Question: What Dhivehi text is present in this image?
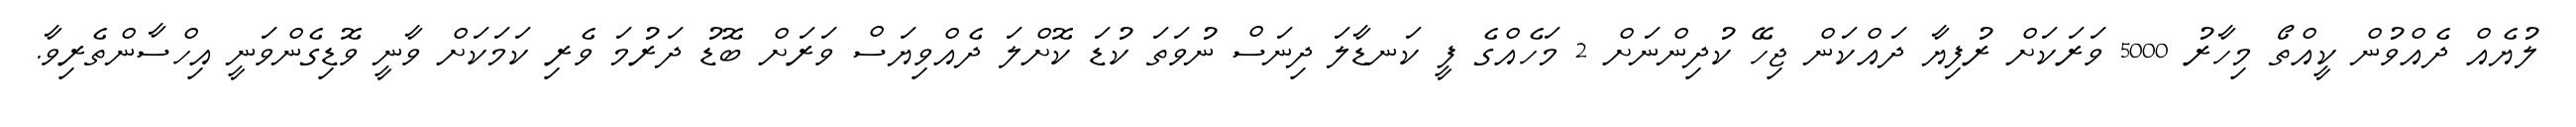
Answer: ލުޔެއް ދެއްވުން ކީއްތޯ މިހާރު 5000 ވަރަކަށް ރުފިޔާ ދައްކަން ޖިހޭ ކުދިންނަށް 2 މަހެއްގެ ފީ ކަނޑާލަ ދިނަސް ނުވަތަ ކުޑަ ކޮށްލަ ދެއްވިޔަސް ވަރަށް ބޮޑު ދަރުމަ ވެރި ކަމަކަށް ވާނީ ވޮޑިގެންވަނީ އިހްސާންތެރިވާ.